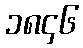
၁၈၄၆